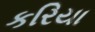
કરિયા